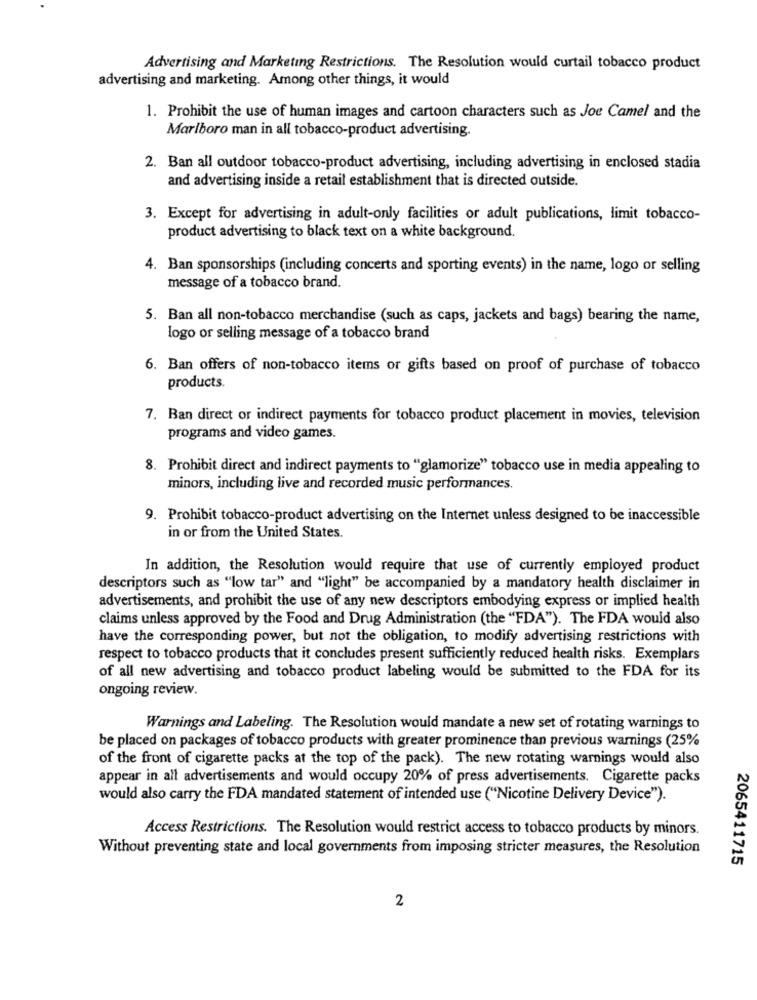
Advertising and Marketing Restrictions. The Resolution would curtail tobacco product
advertising and marketing. Among other things, it would
1. Prohibit the use of human images and cartoon characters such as Joe Camel and the
Marlboro man in all tobacco-product advertising.
2. Ban all outdoor tobacco-product advertising, including advertising in enclosed stadia
and advertising inside a retail establishment that is directed outside.
3. Except for advertising in adult-only facilities or adult publications, limit tobacco-
product advertising to black text on a white background.
4. Ban sponsorships (including concerts and sporting events) in the name, logo or selling
message of a tobacco brand.
5. Ban all non-tobacco merchandise (such as caps, jackets and bags) bearing the name,
logo or selling message of a tobacco brand
6. Ban offers of non-tobacco items or gifts based on proof of purchase of tobacco
products.
7. Ban direct or indirect payments for tobacco product placement in movies, television
programs and video games.
8. Prohibit direct and indirect payments to "glamorize" tobacco use in media appealing to
minors, including live and recorded music performances.
9. Prohibit tobacco-product advertising on the Internet unless designed to be inaccessible
in or from the United States.
In addition, the Resolution would require that use of currently employed product
descriptors such as "low tar" and "light" be accompanied by a mandatory health disclaimer in
advertisements, and prohibit the use of any new descriptors embodying express or implied health
claims unless approved by the Food and Drug Administration (the "FDA"). The FDA would also
have the corresponding power, but not the obligation, to modify advertising restrictions with
respect to tobacco products that it concludes present sufficiently reduced health risks. Exemplars
of all new advertising and tobacco product labeling would be submitted to the FDA for its
ongoing review.
Warnings and Labeling. The Resolution would mandate a new set of rotating warnings to
be placed on packages of tobacco products with greater prominence than previous warnings (25%
of the front of cigarette packs at the top of the pack). The new rotating warnings would also
appear in all advertisements and would occupy 20% of press advertisements. Cigarette packs
would also carry the FDA mandated statement of intended use ("Nicotine Delivery Device").
Access Restrictions. The Resolution would restrict access to tobacco products by minors.
Without preventing state and local governments from imposing stricter measures, the Resolution
2065411715
2